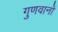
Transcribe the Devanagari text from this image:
गुणवानों